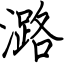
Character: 潞